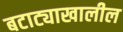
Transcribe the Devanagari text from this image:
बटाट्याखालील